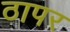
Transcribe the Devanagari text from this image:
ठापर